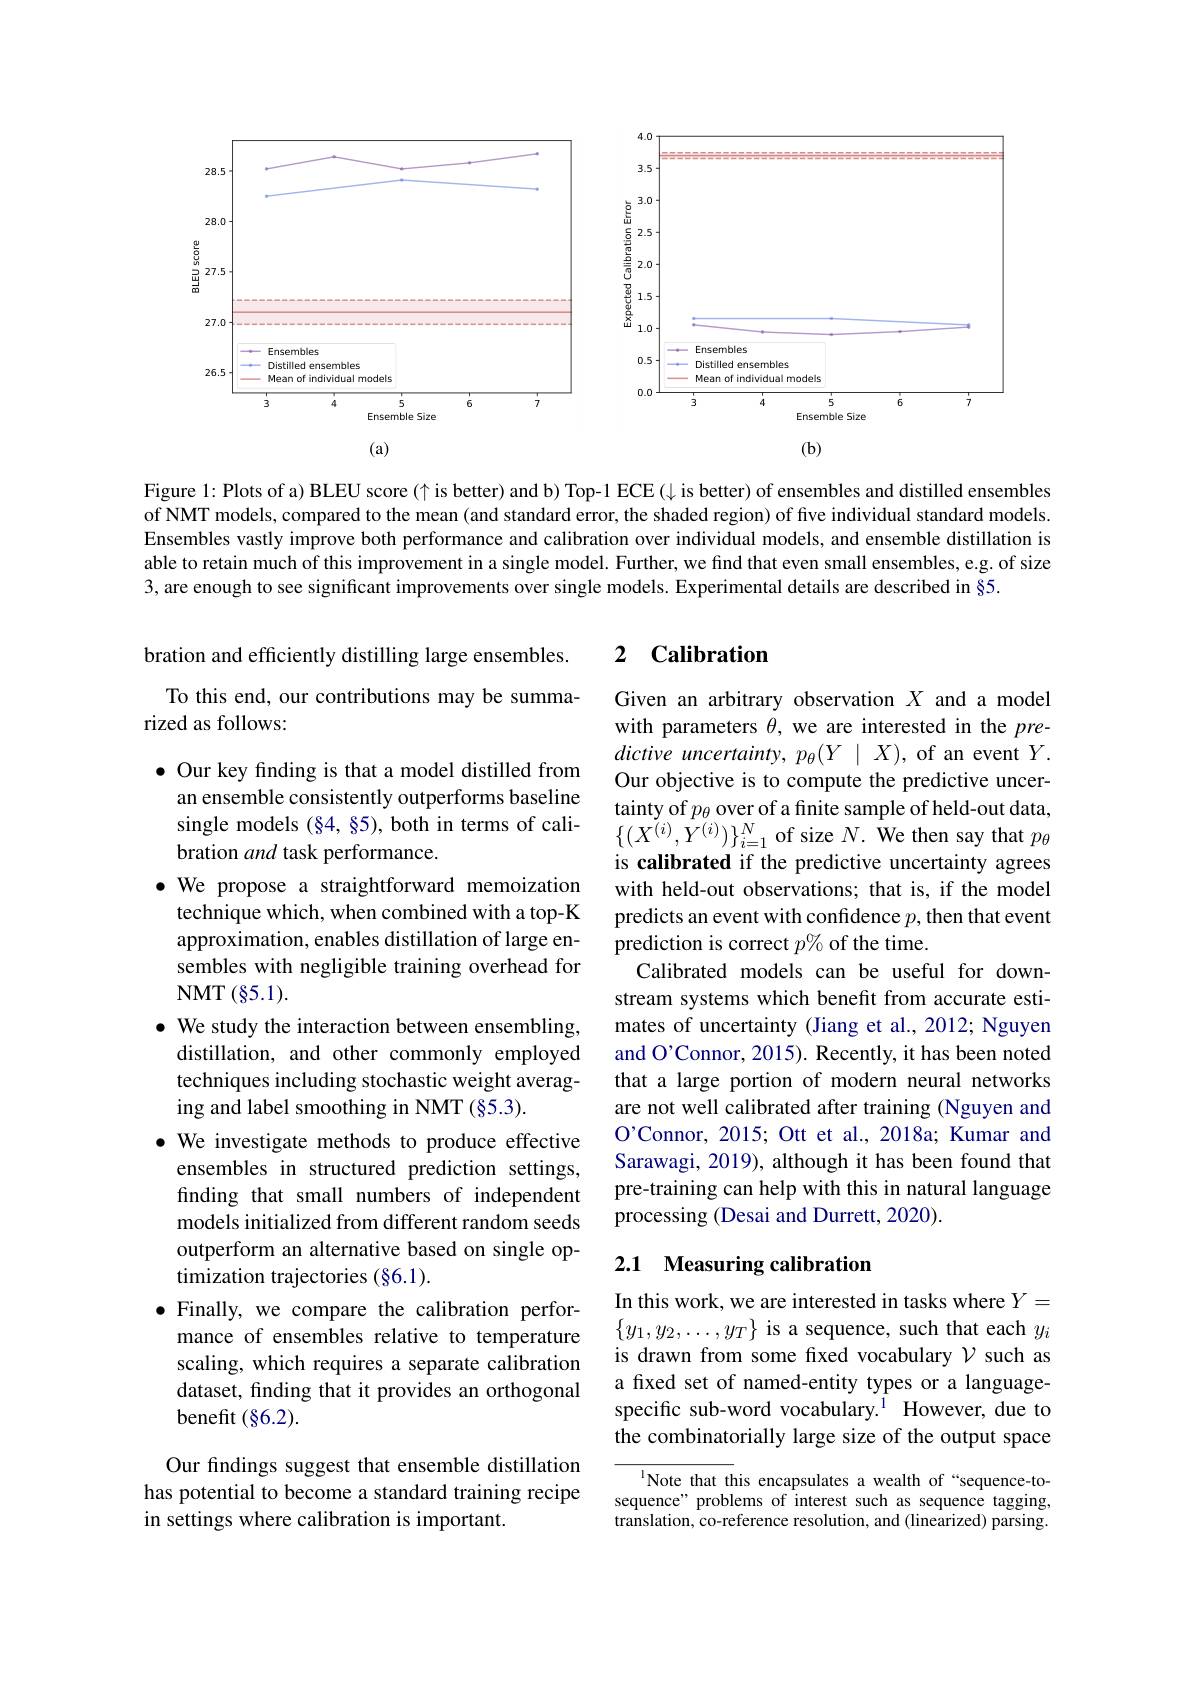
<FigureHere>

Figure 1: Plots of a) BLEU score (↑ is better) and b) Top-1 ECE (√ is better) of ensembles and distilled ensembles of NMT models, compared to the mean (and standard error, the shaded region) of five individual standard models. Ensembles vastly improve both performance and calibration over individual models, and ensemble distillation is able to retain much of this improvement in a single model. Further, we find that even small ensembles, e.g. of size 3, are enough to see significant improvements over single models. Experimental details are described in§5.

## 2 Calibration

bration and efficiently distilling large ensembles. To this end, our contributions may be summa-
### rized as follows:

Given an arbitrary observation $X$ and a model with parameters $\theta$, we are interested in the $pre-$ dictive uncertainty, $p_\theta(Y\mid X)$, of an event $Y.$ Our objective is to compute the predictive uncertainty of $p_\theta$ over of a finite sample of held-out data, $\{(X^{(i)},Y^{(i)})\}_{i=1}^{N}$ of size $N.$ We then say that $p_\theta$ is calibrated if the predictive uncertainty agrees with held-out observations; that is, if the model predicts an event with confdence $p$, then that event prediction is correct $p\%$ of the time.
Calibrated models can be useful for downstream systems which benefit from accurate estimates of uncertainty (Jiang et al., 2012; Nguyen and O'Connor, 2015). Recently, it has been noted that a large portion of modern neural networks are not well calibrated after training (Nguyen and O'Connor, 2015; Ott et al., 2018a; Kumar and Sarawagi, 2019), although it has been found that pre-training can help with this in natural language processing (Desai and Durrett, 2020).

$\bullet$ Our key finding is that a model distilled from
an ensemble consistently outperforms baseline single models (§4,§5), both in terms of calibration and task performance.
$\bullet$ We propose a straightforward memoization technique which, when combined with a top-K approximation, enables distillation of large ensembles with negligible training overhead for NMT$( \S 5. 1) .$
$\bullet$ We study the interaction between ensembling,
distillation, and other commonly employed techniques including stochastic weight averaging and label smoothing in NMT (§5.3).
$\bullet$ We investigate methods to produce effective ensembles in structured prediction settings, finding that small numbers of independent models initialized from different random seeds outperform an alternative based on single optimization trajectories (§6.1).
$\bullet$ Finally, we compare the calibration performance of ensembles relative to temperature scaling, which requires a separate calibration dataset, finding that it provides an orthogonal benefit(§6.2).

## 2.1 Measuring calibration

In this work, we are interested in tasks where $Y=$ $\{y_1,y_2,\ldots,y_T\}$ is a sequence, such that each $y_i$ is drawn from some fixed vocabulary $\mathcal{V}$ such as a fixed set of named-entity types or a languagespecific sub-word vocabulary.$^{1}$ However, due to the combinatorially large size of the output space

Our findings suggest that ensemble distillation has potential to become a standard training recipe in settings where calibration is important.

Note that this encapsulates a wealth of “sequence-tosequence" problems of interest such as sequence tagging, $\dot{\text{translation, co-reference resolution, and (linearized) parsing.}}$